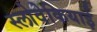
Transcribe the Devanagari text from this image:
स्लोवेकियाई